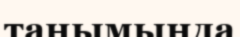
танымыңда